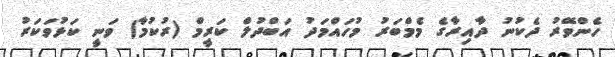
ހެންވޭރު ދެކުނު ދާއިރާގެ މެމްބަރު މުހައްމަދު އަބްދުލް ކަރީމް (ރުކުމާ) ވަނީ ކަޅުވަކަރު